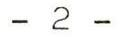
- 2 -